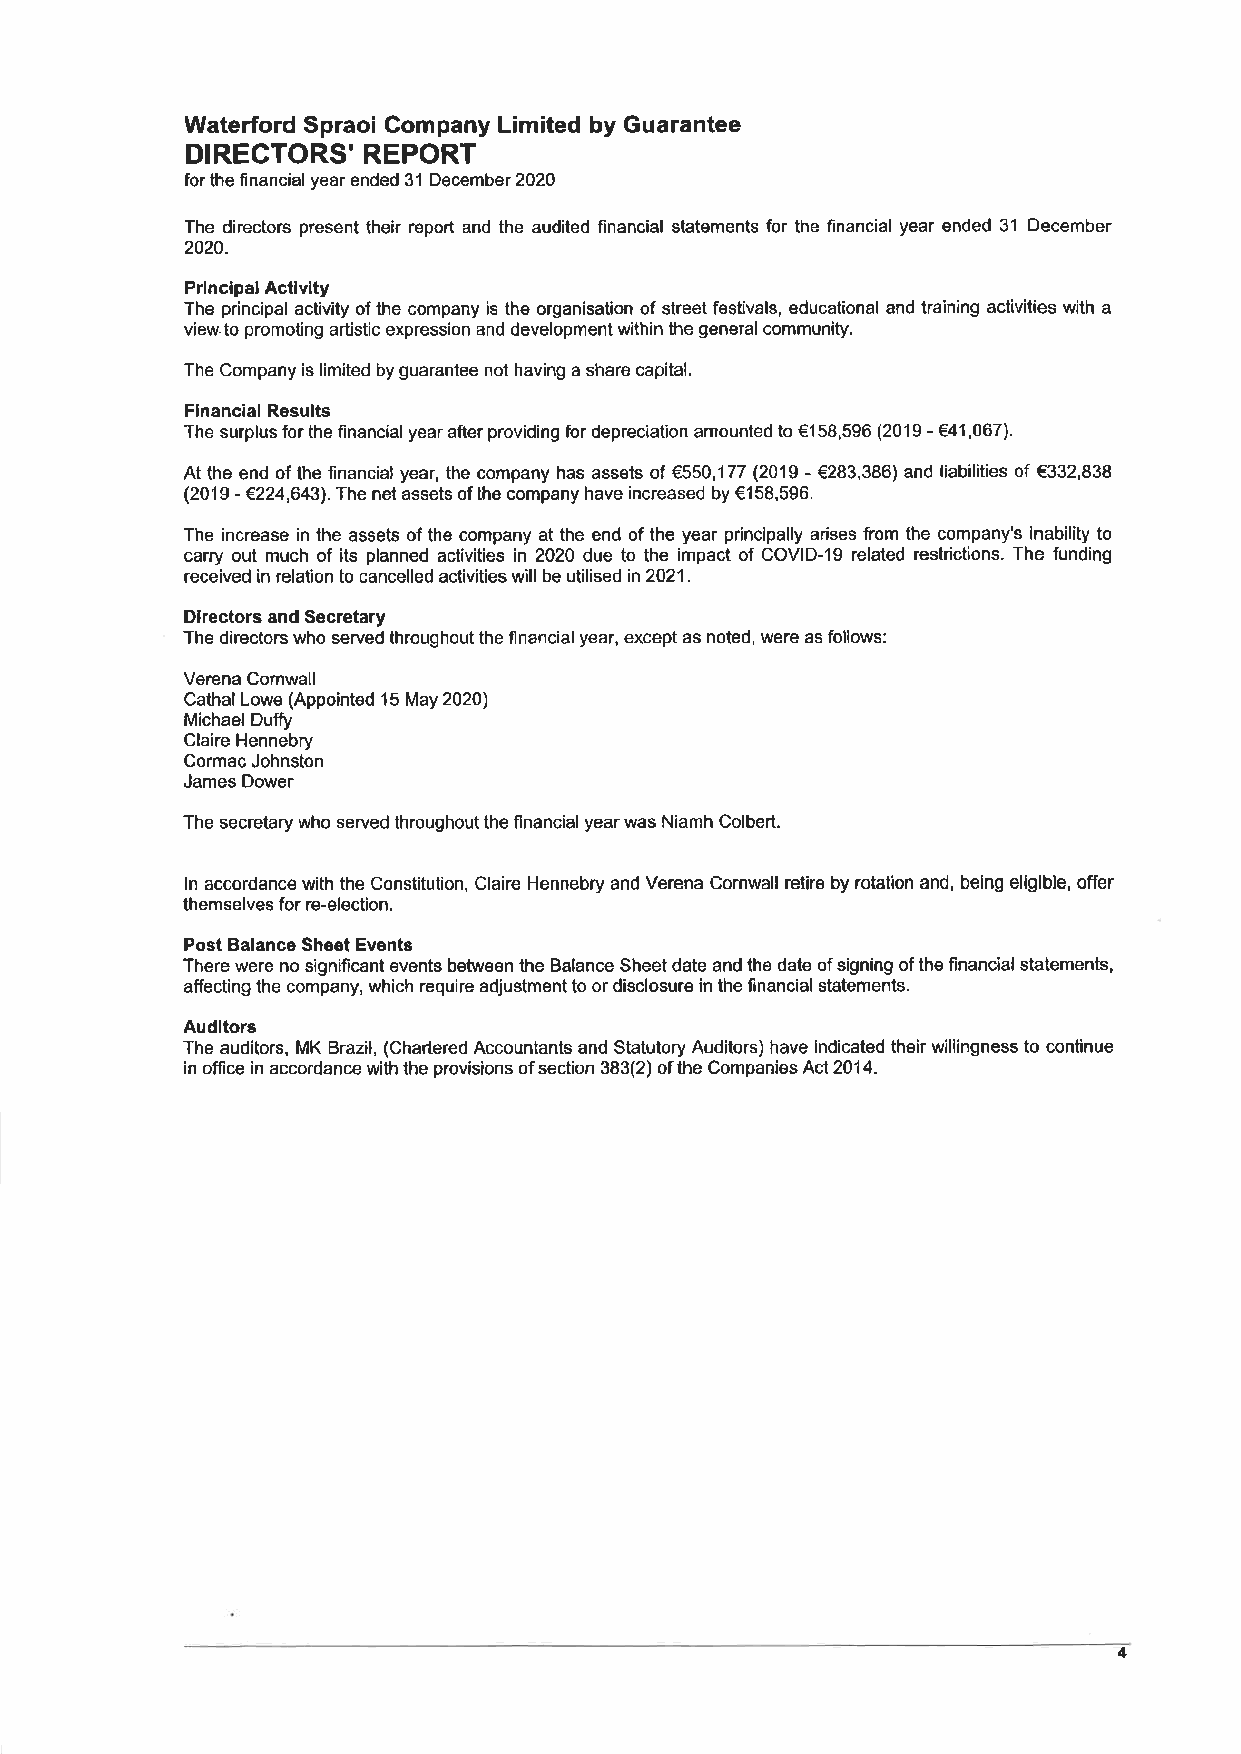
Waterford Spraoi Company Limited by Guarantee
 DIRECTORS'  REPORT
 for the financial year ended 3'l December 2020
 The directors present their report and the audited financial statements for the financial year ended 31 December
 2020.
 Principal Actlvity
 The principal activity of lhe company is the organisation of street festivals, educational and training activities with a
 viewto promoting artistic expression and development within the general community.
 The Company is limited by guaranlee not having a share capital.
 Flnancial Results
 The surplusforthe financialyear afterproviding for depreciation amounted to €158,596 (2019 - €41,067).
 At the end of lhe linancial year, the company has assets of €550,'177 (2019 - €283,386) and liabilities of €332,838
 (2019 - €224,643). The net assets ofthe company have increased by €158,596.
 The increase in lhe assets of the company at the end of the year principally arises trom the company's inability to
 carry out much of its planned activities in 2020 due to the impact of COVID-19 related restrictions. The funding
 received in relation to cancelled activities will be utilised in2Q21.
 Directors and Secretary
 The directors who served throughout the flnancial year, except as noted, were as follows:
 Verena Comwall
 Cathal Lowe (Appointed 15 May 2020)
 MichaelDuffo
 Claire Hennebry
 Cormac Johnston
 James Dower
 The secretary who served throughout the financial year was Niamh Colbert.
 ln accordance with the Constitution, Claire Hennebry and Verena Cornwall retire by rotalion and, being eligible, offer
 themselves for re-election.
 Post Balance Sheet Events
 There were no significant events between the Balance Sheet date and the date of signing of the financial statements,
 affecting the company, which require adjustment to or disclosure in the financial statements.
 Auditors
 The auditors, MK Brazil, (Chartered Accountants and Statutory Auditors) have indicated their willingness to continue
 in office in accordance with the provisions of section 383(2) of the Companies 4c12014.
 4